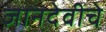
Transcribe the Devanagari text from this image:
ज्ञानदेवीचे